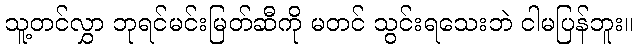
သူ့တင်လွှာ ဘုရင်မင်းမြတ်ဆီကို မတင် သွင်းရသေးဘဲ ငါမပြန်ဘူး။